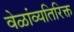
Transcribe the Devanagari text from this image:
वेळांव्यतिरिक्त